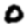
Digit: 0